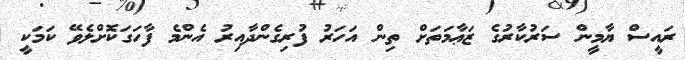
ރައީސް ޔާމީން ސަރުކާރުގެ ޒަޢާމަތަށް ތިން އަހަރު ފުރިގެންދާއިރު އެންމެ ފާހަގަކޮށްލެވޭ ކަމަކީ